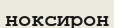
ноксирон